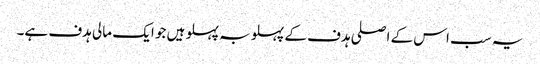
یہ سب اس کے اصلی ہدف کے پہلو بہ پہلو ہیں جو ایک مالی ہدف ہے۔